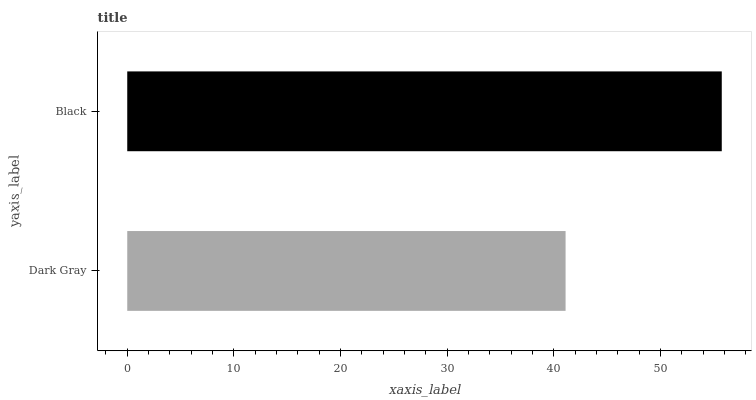
| yaxis_label | bars |
 | --- | --- |
 | Dark Gray | 41.1 |
 | Black | 55.7 |